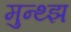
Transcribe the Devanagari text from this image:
मुन्थ्झ